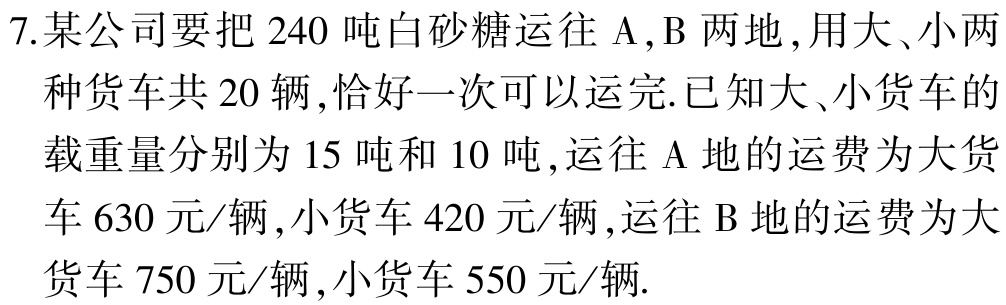
7.某公司要把$240$吨白砂糖运往$\mathrm{A},\mathrm{B}$两地,用大、小两种货车共$20$辆,恰好一次可以运完.已知大、小货车的载重量分别为$15$吨和$10$吨,运往$\mathrm{A}$地的运费为大货车$630$元/辆,小货车$420$元/辆,运往$\mathrm{B}$地的运费为大货车$750$元/辆,小货车$550$元/辆.